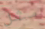
مثل